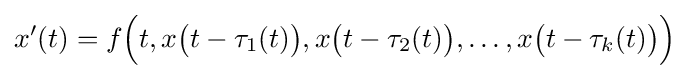
x'(t)=f{\Bigl (}t,x{\bigl (}t-\tau _{1}(t){\bigr )},x{\bigl (}t-\tau _{2}(t){\bigr )},\ldots ,x{\bigl (}t-\tau _{k}(t){\bigr )}{\Bigr )}